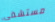
مستشفى